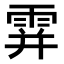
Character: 𩂦